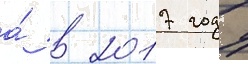
а́ в 2017 году